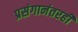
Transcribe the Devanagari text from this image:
प्रसंगानंतरही